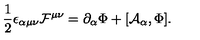
\frac { 1 } { 2 } \epsilon _ { \alpha \mu \nu } { \cal F } ^ { \mu \nu } = \partial _ { \alpha } \Phi + [ { \cal A } _ { \alpha } , \Phi ] .